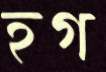
হগ